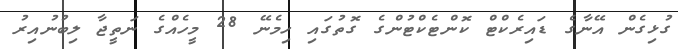
ގުޅިގެން އޭނާގެ ޑައިރެކްޓް ކޮންޓެކްޓުންގެ ގޮތުގައި ހިމެނޭ 28 މީހެއްގެ ނަތީޖާ ލިބުނުއިރު